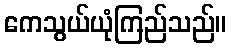
ကေသွယ်ယုံကြည်သည်။